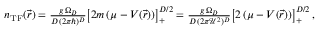
\begin{array} { r } { n _ { \mathrm { T F } } ( \vec { r } ) = \frac { g \, \Omega _ { D } } { D \, ( 2 \pi \hbar ) ^ { D } } \big [ 2 m \, ( \mu - V ( \vec { r } ) ) \big ] _ { + } ^ { D / 2 } = \frac { g \, \Omega _ { D } } { D \, ( 2 \pi { \mathcal U } ^ { 2 } ) ^ { D } } \big [ 2 \, ( \mu - V ( \vec { r } ) ) \big ] _ { + } ^ { D / 2 } \, , } \end{array}